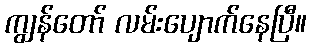
ကျွန်တော် လမ်းပျောက်နေပြီ။